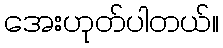
အေးဟုတ်ပါတယ်။